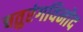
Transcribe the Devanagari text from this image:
चतुरंगविनोद